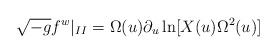
LaTeX: \begin{align*}\sqrt {-g}f^{w}|_{II}=\Omega (u)\partial _{u}\ln[X(u)\Omega ^{2}(u)] \end{align*}